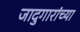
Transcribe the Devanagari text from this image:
जादुगारांच्या